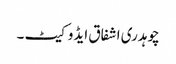
چوہدری اشفاق ایڈوکیٹ ۔